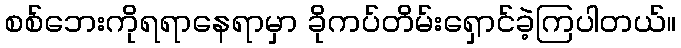
စစ်ဘေးကိုရရာနေရာမှာ ခိုကပ်တိမ်းရှောင်ခဲ့ကြပါတယ်။